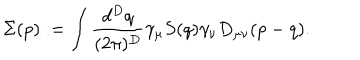
\Sigma ( p ) : = \int { \frac { d ^ { D } q } { ( 2 \pi ) ^ { D } } } \gamma _ { \mu } S ( q ) \gamma _ { \nu } D _ { \mu \nu } ( p - q ) .